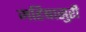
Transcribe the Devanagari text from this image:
महिषासुरी